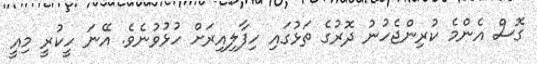
ގޮސް އެންމެ ކުރިންޖެހުނު ދޮރުގެ ތަޅުގައި ހިފާލިއިރަށް ހުޅުވުނެވެ. އޭނަ ހީކުރީ މިއީ